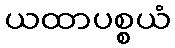
ယထာပစ္စယံ